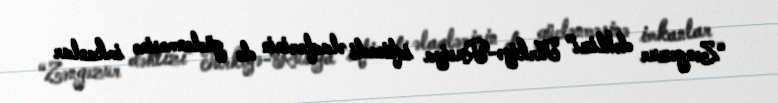
“Zəngəzur dəhlizi” Türkiyə-Rusiya iqtisadi əlaqlərinin də güclənməsinə imkanlar